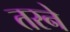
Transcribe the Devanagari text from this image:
तरने